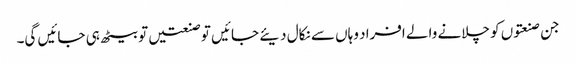
جن صنعتوں کو چلانے والے افراد وہاں سے نکال دیئے جائیں تو صنعتیں تو بیٹھ ہی جائیں گی۔